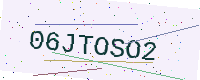
Text: 06JTOSO2